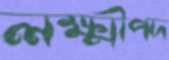
লক্ষ্মীপদ